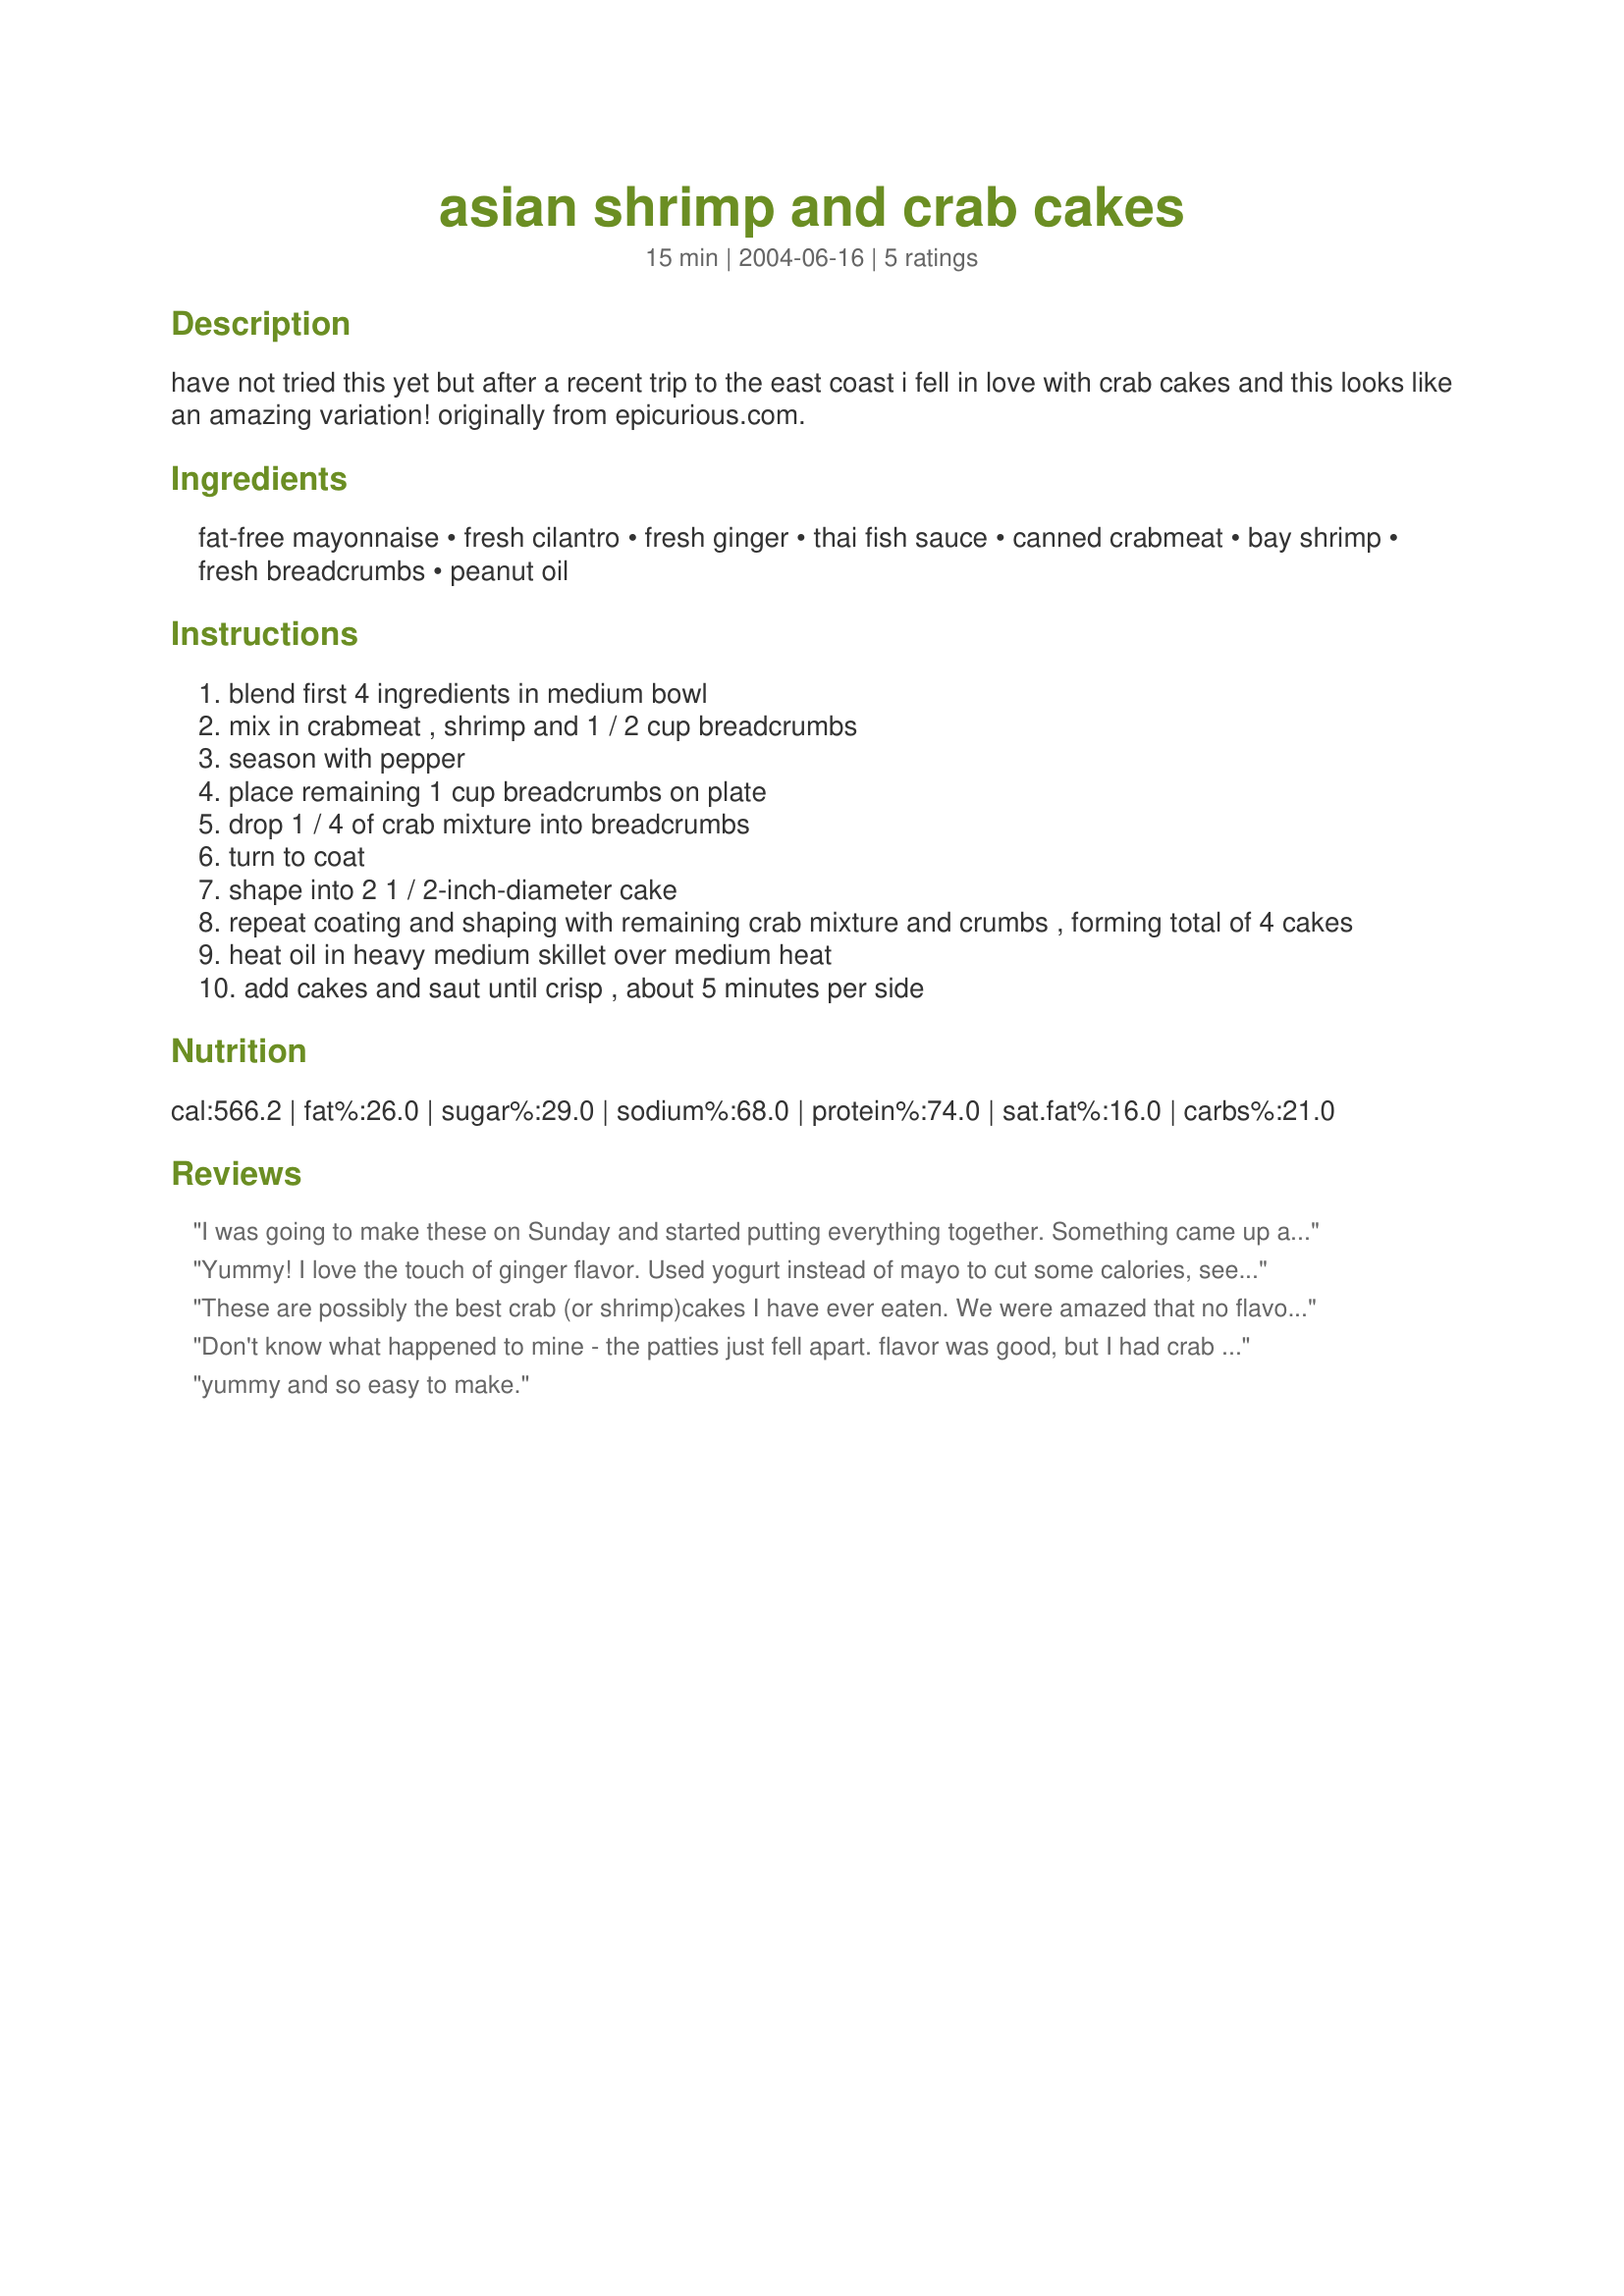
asian shrimp and crab cakes
Preparation time: 15 minutes

have not tried this yet but after a recent trip to the east coast i fell in love with crab cakes and this looks like an amazing variation! originally from epicurious.com.

Ingredients:
fat-free mayonnaise, fresh cilantro, fresh ginger, thai fish sauce, canned crabmeat, bay shrimp, fresh breadcrumbs, peanut oil

Steps:
blend first 4 ingredients in medium bowl
mix in crabmeat , shrimp and 1 / 2 cup breadcrumbs
season with pepper
place remaining 1 cup breadcrumbs on plate
drop 1 / 4 of crab mixture into breadcrumbs
turn to coat
shape into 2 1 / 2-inch-diameter cake
repeat coating and shaping with remaining crab mixture and crumbs , forming total of 4 cakes
heat oil in heavy medium skillet over medium heat
add cakes and saut until crisp , about 5 minutes per side

Reviews:
I was going to make these on Sunday and started putting everything together. Something came up and I had to put everything in the fridge til Monday. Well I really think adding the fish sauce and letting it sit for a day was a really bad idea. The crab cakes ending up tasting pretty much like the fish sauce only. This is not the recipes fault and I am only putting in a review (with no rating) so that someone else doesn't make the same mistake. Live and learn, lol.
Yummy! I love the touch of ginger flavor. Used yogurt instead of mayo to cut some calories, seemed to work fine. I'll definitely be making these again.
These are possibly the best crab (or shrimp)cakes I have ever eaten. We were amazed that no flavour dominated, and every flavour came through. I didn't chop the prawns too finely, used a nice sachet of crab (expensive) that's just become available at our supermarket, and the cilantro which we love. I'm going to give this recipe to a number of people I know will enjoy it. Oh, I must admit to using Best's full fat mayo as I had no fat-free. I can't imagine it did any harm to a wonderful recipe.
Don't know what happened to mine - the patties just fell apart. flavor was good, but I had crab hash rather than cakes.
yummy and so easy to make.
